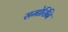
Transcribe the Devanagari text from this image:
समोरिनि